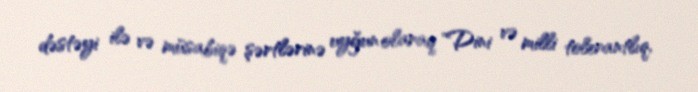
dəstəyi ilə və müsabiqə şərtlərinə uyğun olaraq "Dini və milli tolerantlıq,